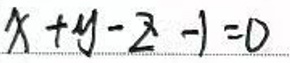
$x + y - z - 1 = 0$